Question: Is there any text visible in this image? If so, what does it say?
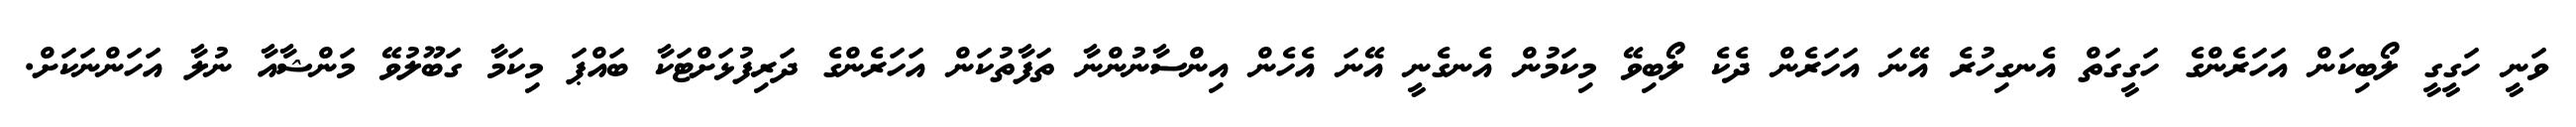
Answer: ވަނީ ހަގީގީ ލޯބިކަން އަހަރެންގެ ހަގީގަތް އެނގިހުރެ އޭނަ އަހަރެން ދެކެ ލޯބިވޭ މިކަމުން އެނގެނީ އޭނަ އެހެން އިންސާނުންނާ ތަފާތުކަން އަހަރެންގެ ދަރިފުޅަށްޓަކާ ބައްޕަ މިކަމާ ގަބޫލުވޭ މަންޝާއާ ނުލާ އަހަންނަކަށް.